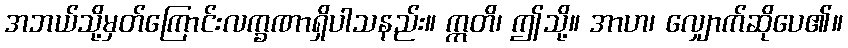
အဘယ်သို့မှတ်ကြောင်းလက္ခဏာရှိပါသနည်း။ ဣတိ၊ ဤသို့။ အာဟ၊ လျှောက်ဆိုပေ၏။